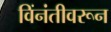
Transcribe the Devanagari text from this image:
विंनंतीवरून